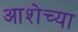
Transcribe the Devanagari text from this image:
आशेच्या